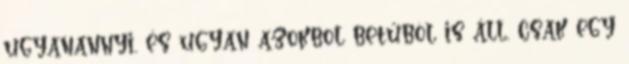
ugyanannyi, és ugyan azokbol betűböl is áll, csak egy